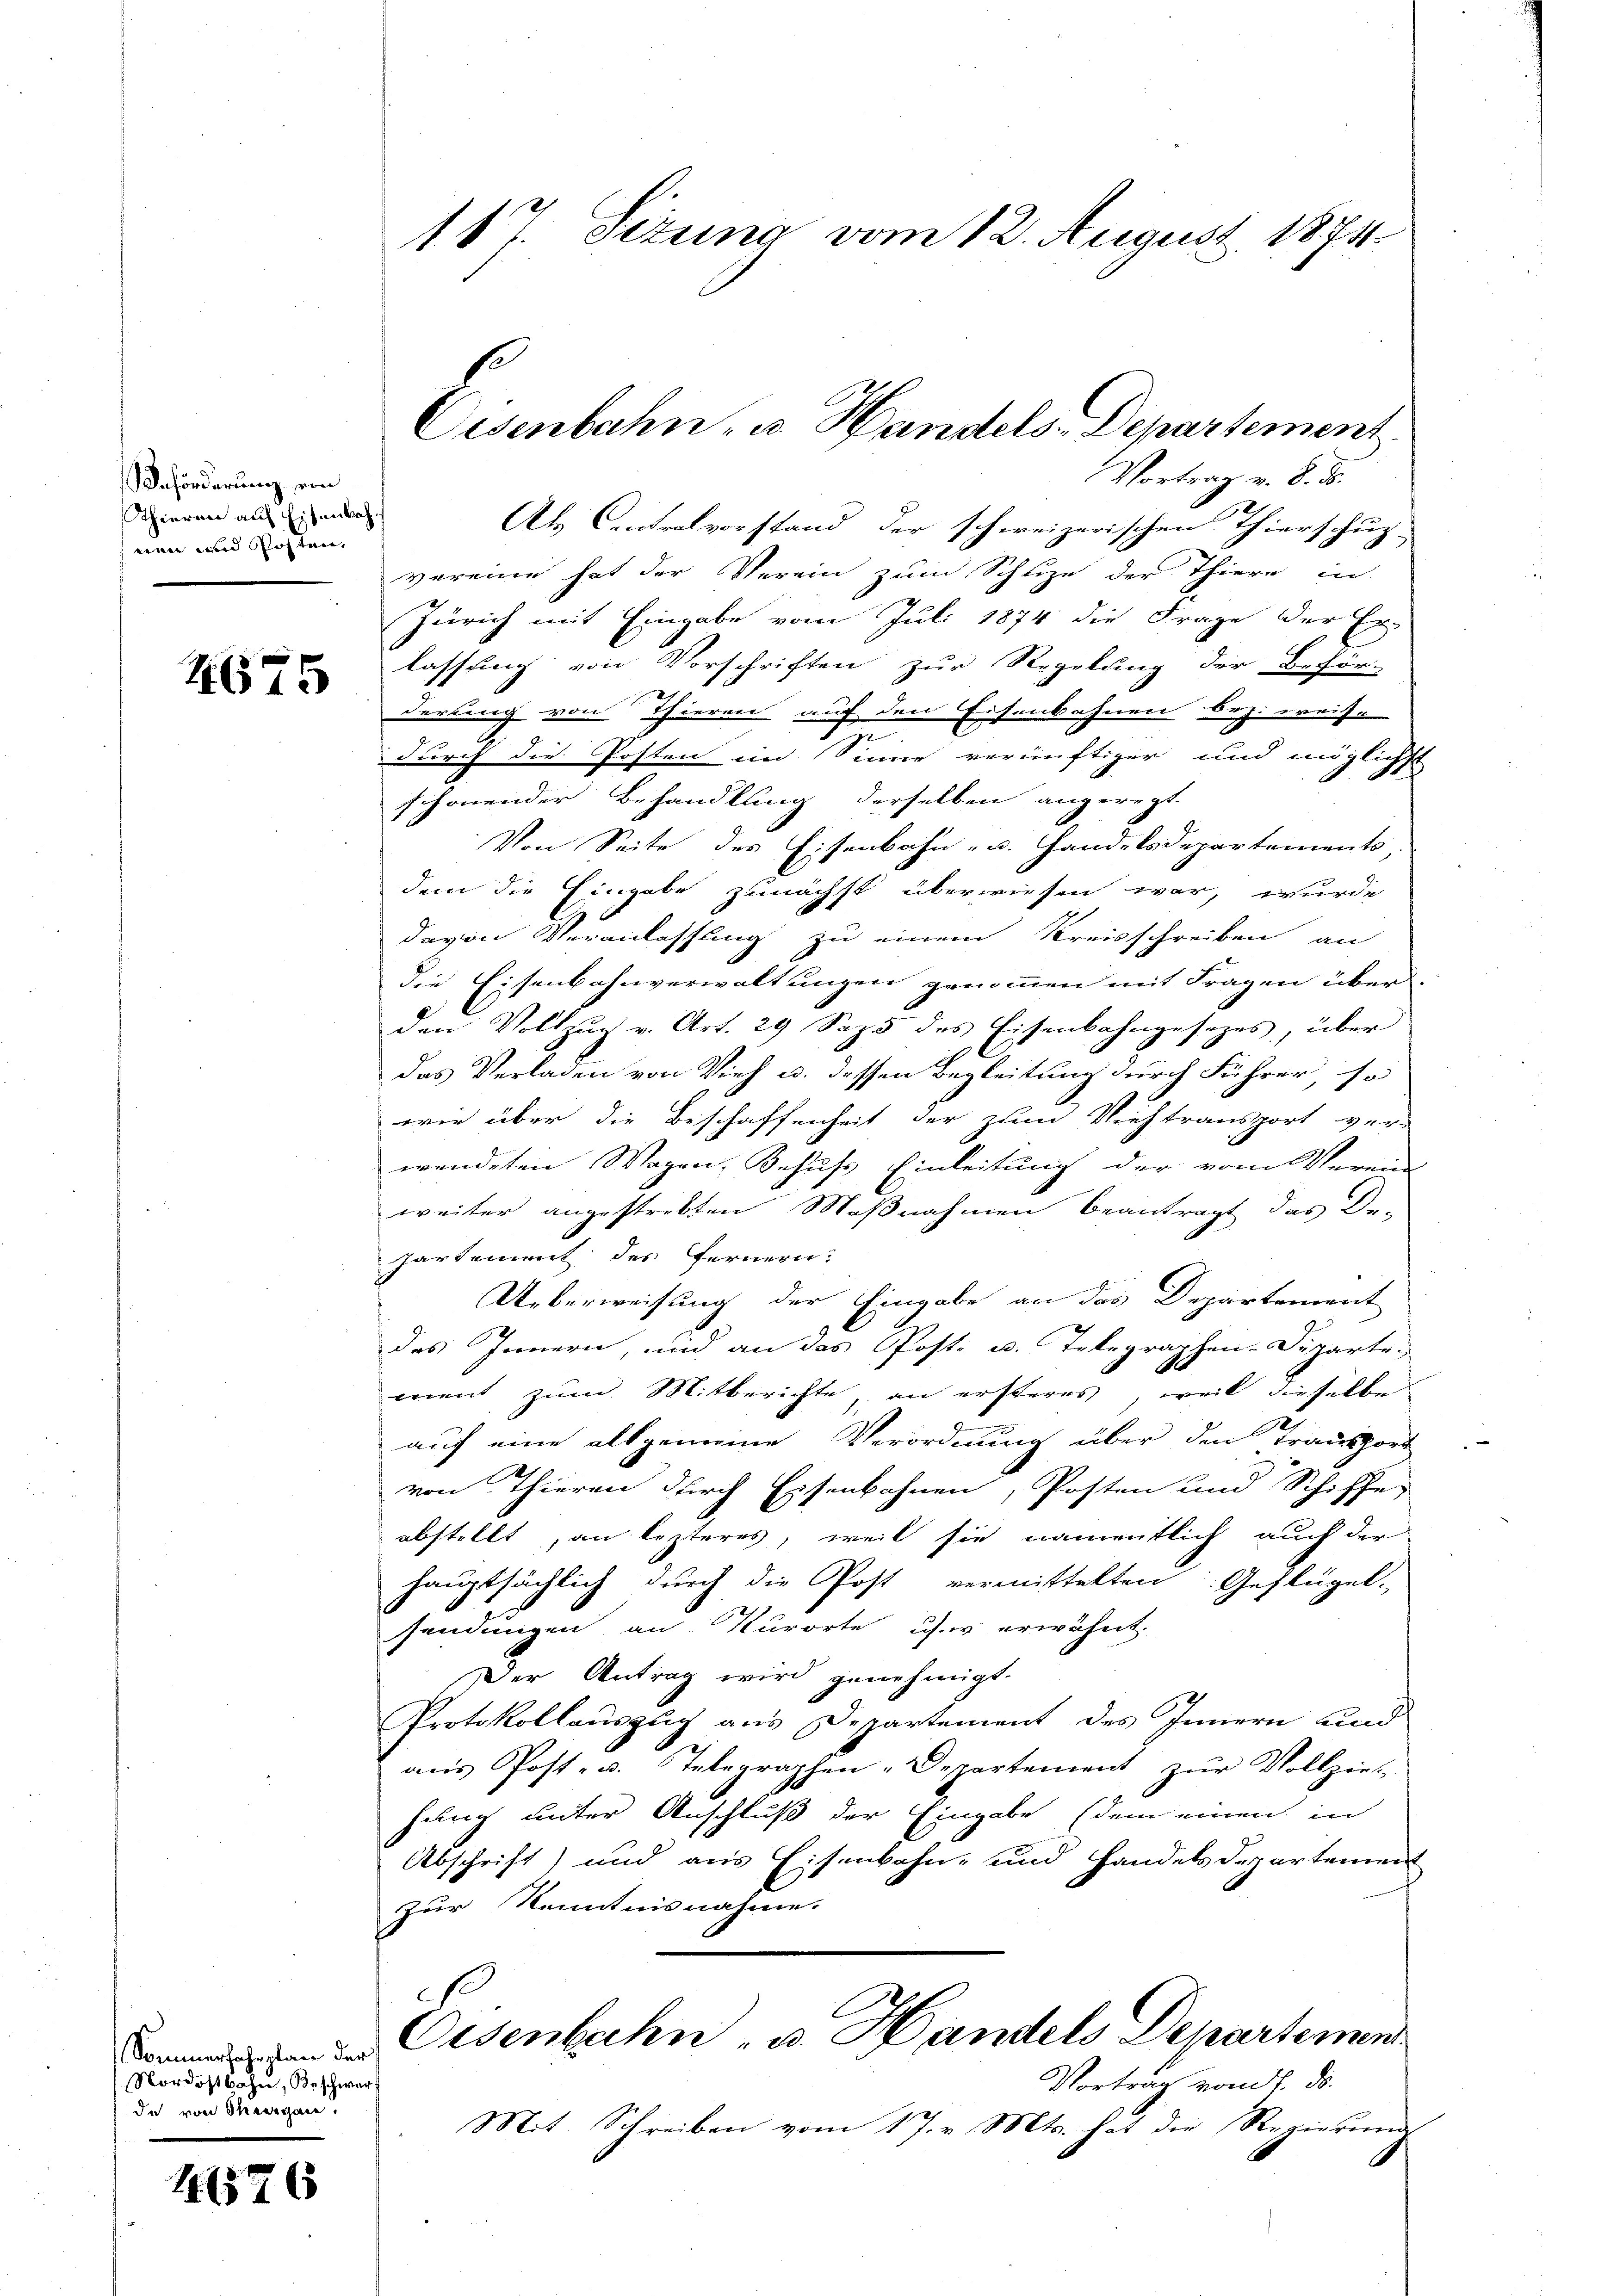
Beförderung ein
Thierau auf Eisenbah
wen und Posten,

4675

Sommerfahrplan der
Nordostbahn, Beschwerf
da von Thurgau,

11576

Vortrag v. 8. ds.
Als Centralvorstand der schweizerischen Thierschup-
vereine hat der Verein zum Schlize der Thiere in
Zürich mit Eingabe vom Juli 1874 die Frage der Er-
lassung von Vorschriften zur Regelung der Beför-
derling von Thieren auf den Eisenbahnen bez. weise
duurch die Posten im Sinne verünftiger und möglichst
schönender Behandlung derselben angeregt.
Von Seite des Eisenbahn- u. Handelsdepartements
dem die Eingabe zunächst überwiesen war, wurde
davon Veranlassung zu einem Kreisschreiben an
die Eisenbahnverwaltungen genommen mit Fragen überden Vollzug v. Art. 29 Sept des Eisenbahngesezes, über
das Verladen von Vieh u. dessen Begleitung durch Führer, so
wie über die Beschaffenheit der zum Viehtransport ver-
wendeten Wagen, Schuss Einleitung der vom Verein
weiter angestrebten Maßnahmen beantragt das De-
Partement des fernern.
Ueberweisung der Eingabe an das Departement
des Innern, und an das Post- u. Telegraphen-Departe-
ment zum Mitberichte, an ersteres, weil dieselbe
auf eine allgemeine Verordnung über den Transpor
von Thieren durch Eisenbahnen, Posten und Schiffe
abstellt, an lezteres, weil sie namentlich auch der
hauptsächlich durch die Post vermittelten Geflügel-
sendungen an Kurorte u. erwähnt.
Der Antrag wird genehmigt.
Protokollauszug aus Departement des Innern und
aus Post- u. Telegraphen-Departement zur Vollzieh-
hung unter Anschluß der Eingabe (dem einen in
Abschrift) und aus Eisenbahn- und Handels Departemen
zur Kenntnisnahme.
C
Eisenbahn- u. Handels Departemen
Vortrag vom 1. d.
Mit Schreiben vom 17. v. Mts. hat die Regierung

117. Jezung vom 12. August 1874

Eisenbahn- u. Handels-Departement